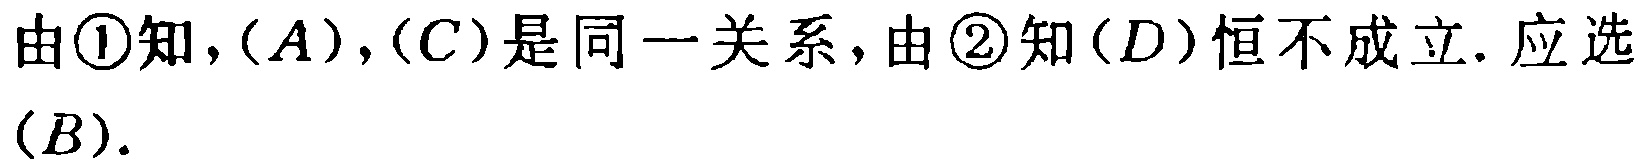
由\textcircled{1}知，$(A)$，$(C)$是同一关系，由\textcircled{2}知$(D)$恒不成立. 应选$(B)$.